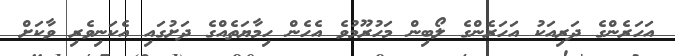
އަހަރެންގެ ދަރިއަކު އަހަރެންގެ ލޯބިން މަހުރޫމުވެ އެހެން ހިމާޔަތެއްގެ ދަށުގައި އެކަނިވެރި ވާކަށް